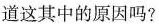
道这其中的原因吗？